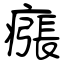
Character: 瘬